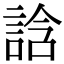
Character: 誝